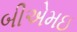
બીએમઇ